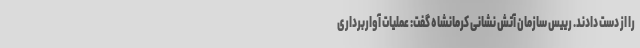
را از دست دادند. رییس سازمان آتش نشانی کرمانشاه گفت: عملیات آواربرداری